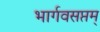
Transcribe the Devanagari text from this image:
भार्गवसप्तम्